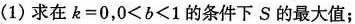
(1)求在$$k = 0$$，$$0 < b < 1$$的条件下S的最大值；